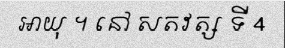
អាយុ ។ នៅ សតវត្ស ទី 4